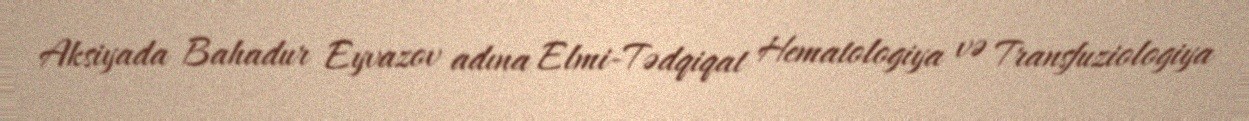
Aksiyada Bahadur Eyvazov adına Elmi-Tədqiqat Hematologiya və Transfuziologiya